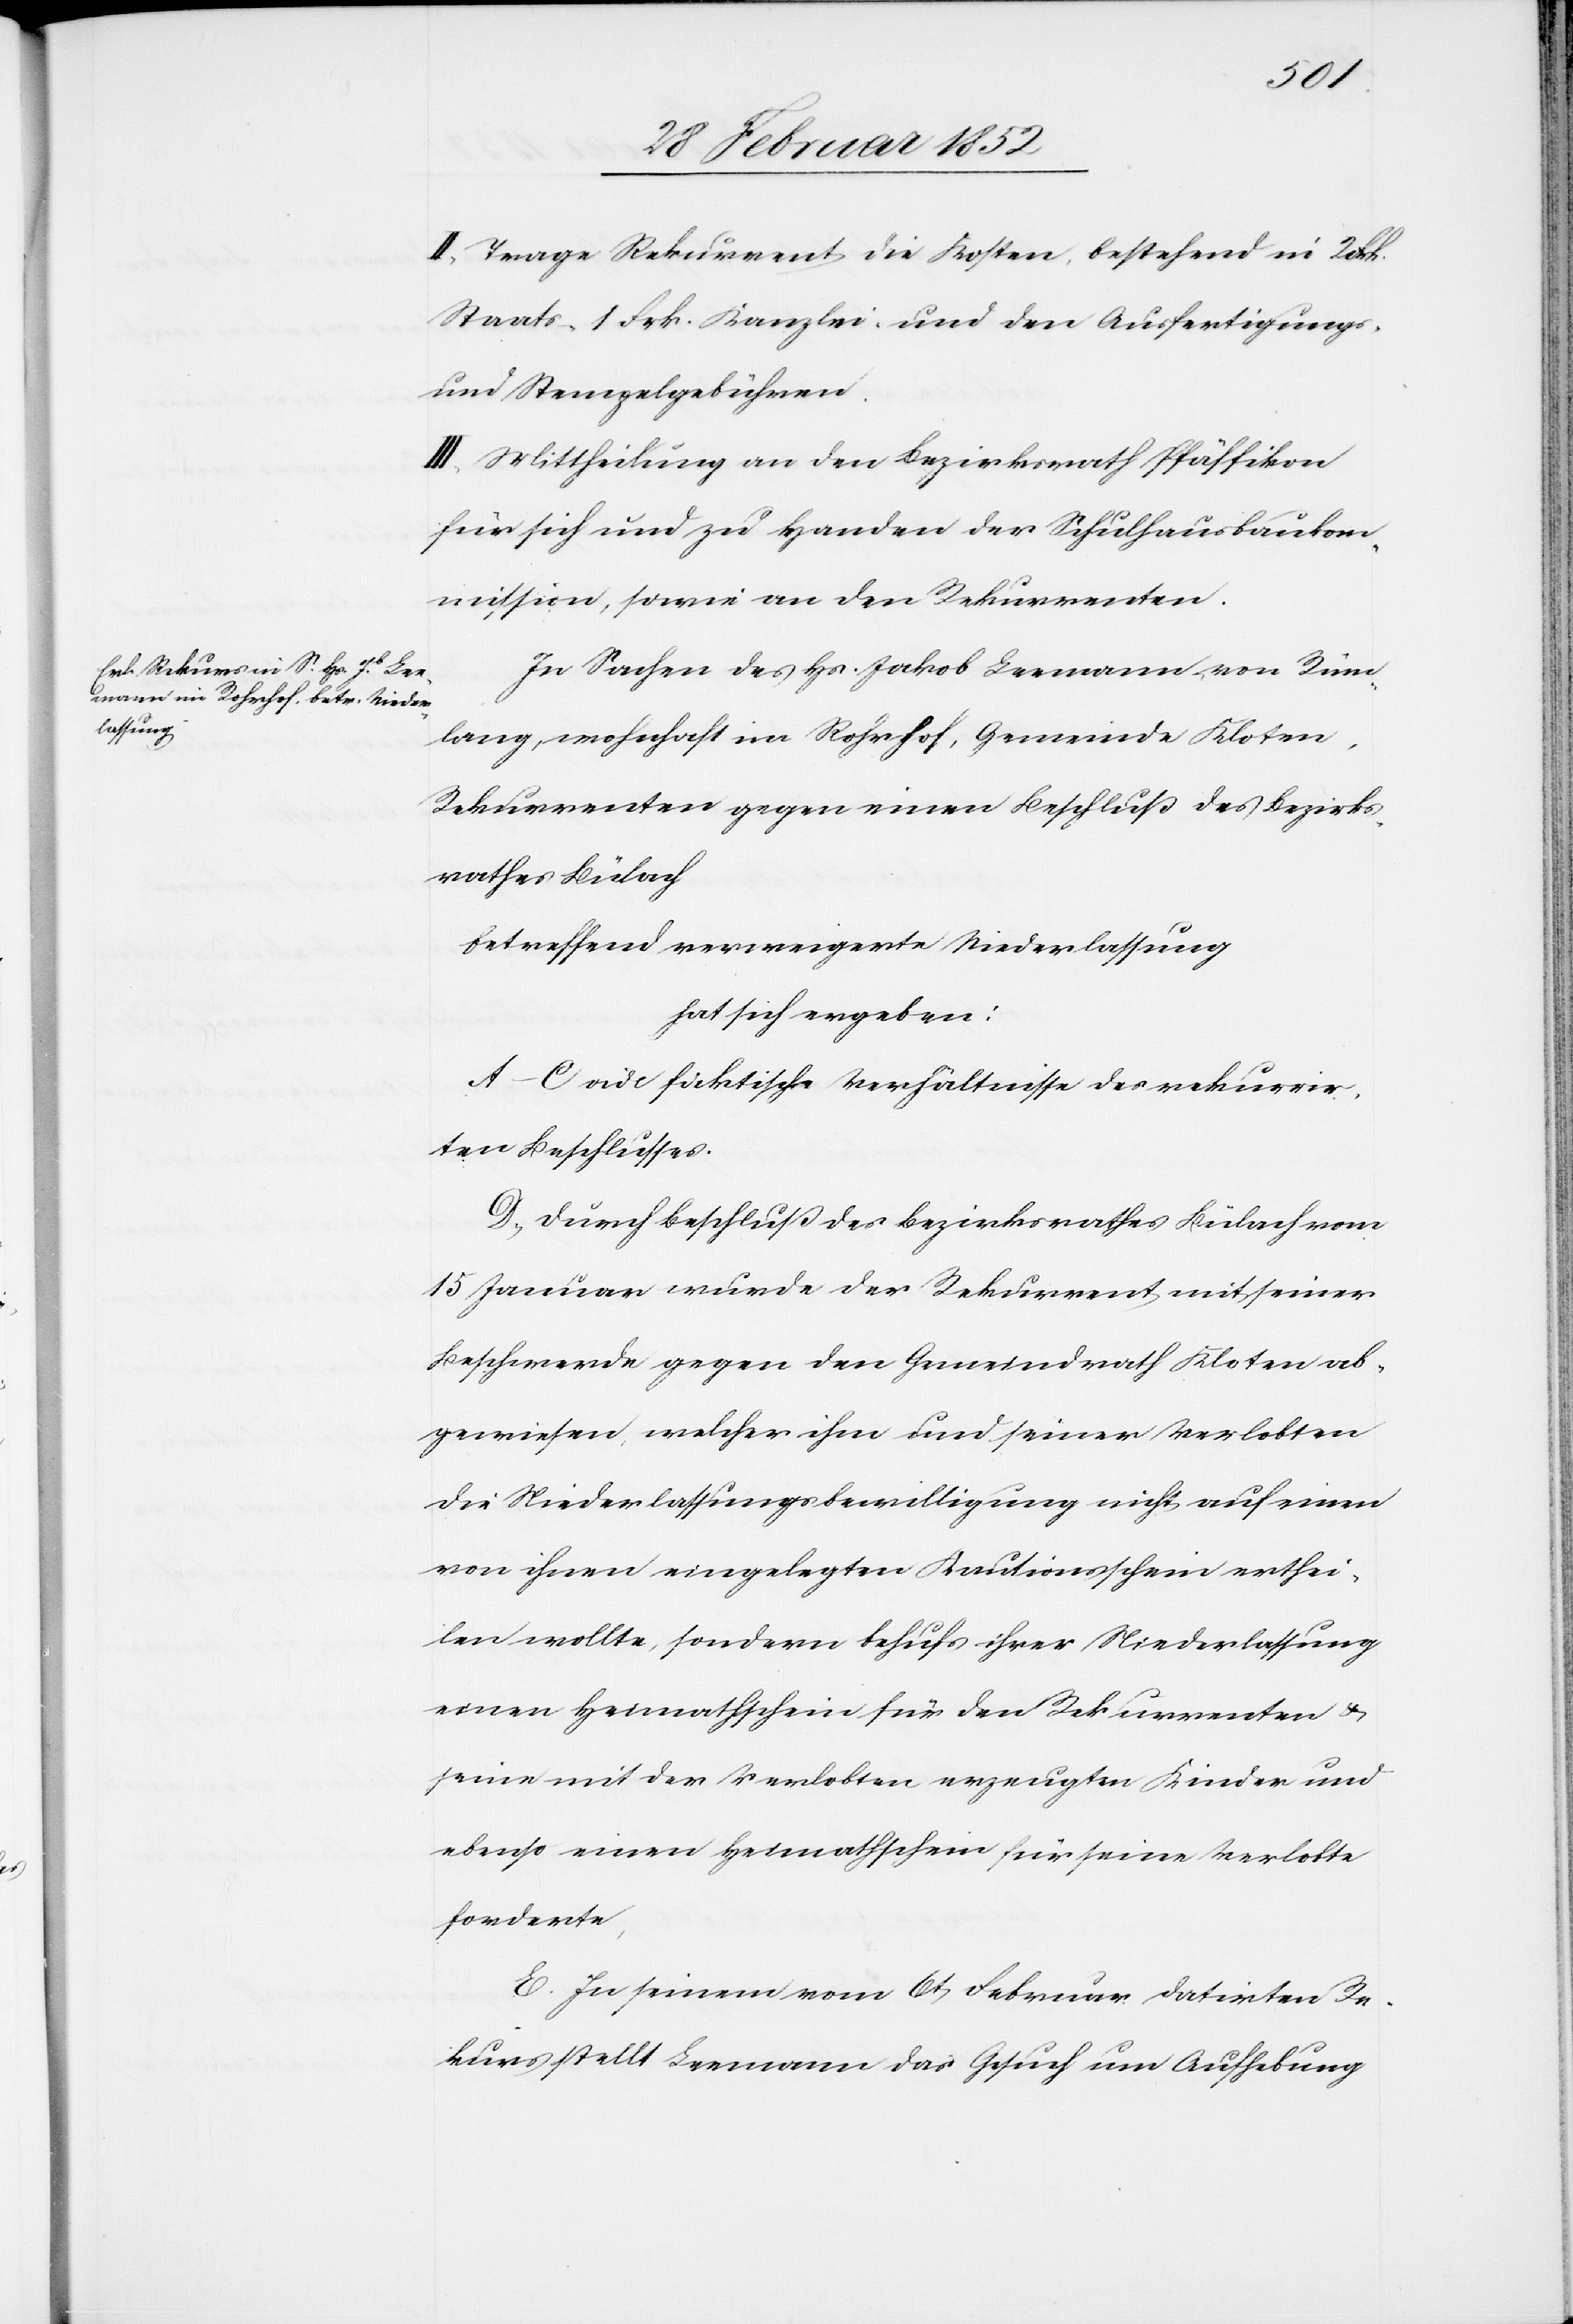
II. Trage Rekurrent die Kosten, bestehend in 2 Frk.
Staats- 1 Frk. Kanzlei- und den Ausfertigungs-
und Stempelgebühren.
III. Mittheilung an den Bezirksrath Pfäffikon
für sich und zu Handen der Schulhausbaukom¬
mission, sowie an den Rekurrenten.
In Sachen des Hs. Jakob Leemann von Rüm¬
lang, wohnhaft im Rohrhof, Gemeinde Kloten,
Rekurrenten gegen einen Beschluß des Bezirks¬
rathes Bülach
betreffend verweigerte Niederlassung
hat sich ergeben:
A.–C vide faktische Verhältnisse des rekurrir¬
ten Beschlusses.
D.) Durch Beschluß des Bezirksrathes Bülach vom
15 Januar wurde der Rekurrent mit seiner
Beschwerde gegen den Gemeindrath Kloten ab¬
gewiesen, welcher ihm und seiner Verlobten
die Niederlassungsbewilligung nicht auf einen
von ihnen eingelegten Kautionsschein erthei¬
len wollte, sondern behufs ihrer Niederlassung
einen Heimathschein für den Rekurrenten u.
seine mit der Verlobten erzeugten Kinder und
ebenso einen Heimathschein für seine Verlobte
forderte,
E. In seinem vom 6t Februar datirten Re¬
kurs stellt Leemann das Gesuch um Aufhebung